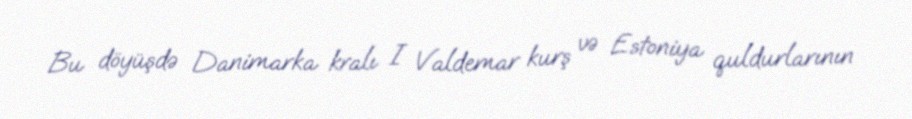
Bu döyüşdə Danimarka kralı I Valdemar kurş və Estoniya quldurlarının